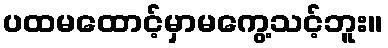
ပထမထောင့်မှာမကွေ့သင့်ဘူး။